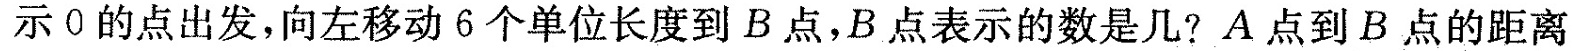
示0的点出发，向左移动6个单位长度到B点，B点表示的数是几?A点到B点的距离